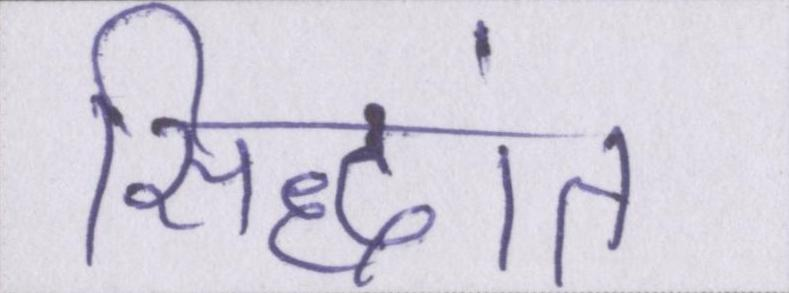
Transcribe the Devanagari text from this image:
सिद्धांत